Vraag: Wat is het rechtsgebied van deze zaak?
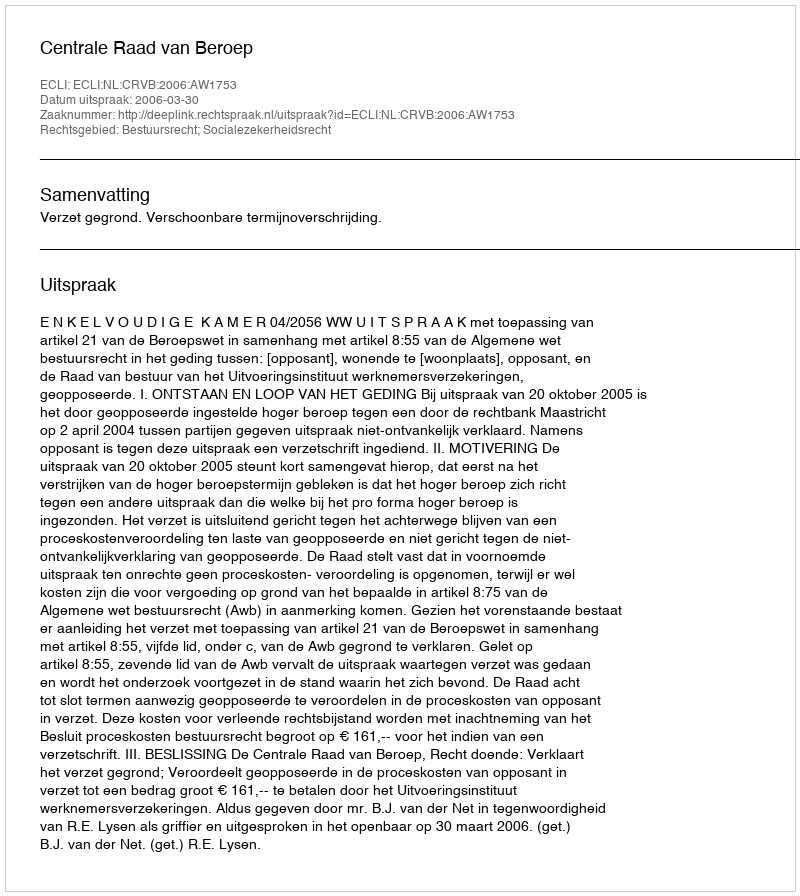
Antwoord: Bestuursrecht; Socialezekerheidsrecht